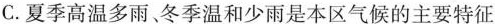
C.夏季高温多雨、冬季温和少雨是本区气候的主要特征